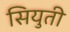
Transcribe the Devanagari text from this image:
सियुती